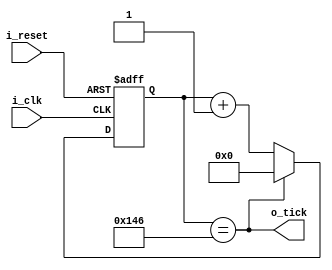
`timescale 1ns / 1ps
//////////////////////////////////////////////////////////////////////////////////
// Company: 
// Engineer: 
// 
// Design Name: 
// Module Name: baud_rate_gen
// Project Name: 
// Target Devices: 
// Tool Versions: 
// Description: 
// 
// Dependencies: 
// 
// Revision:
// Revision 0.01 - File Created
// Additional Comments:
// 
//////////////////////////////////////////////////////////////////////////////////


/*Imagine that the baud rate you want to work with is 9600. The clock of my
FPGA is 50MHz. If we want the "TICKS" to ahev 16 times the frequency of the UART signal
we need a frequency 16 times the 9600Hz. 
The width of the UART signal is 1/9600 equal to 104us. The width of the main clock is 1/50Mhz equal to 20ns
How many 20ns pulses we need to cont to get to 104us/16??? Well (104000ns/16)/ 20ns = 325 pulses (
That's why in the top we set baud rate to 325)
*/
module baud_rate_gen
    #(
    parameter   BAUDRATE_DIVISOR = 326,     // 50.000.000 / (16 * 9600)
                BAUDRATE_DIVISOR_BITS = 10
    )
    (
    input   wire            i_clk,      // Clock input
    input   wire            i_reset,      // Reset input
    // input   wire    [15:0]  i_baudrate, // Value to divide the generator by
    output  wire            o_tick      // Each "BaudRate" pulses we create a tick pulse
    );

reg [BAUDRATE_DIVISOR_BITS:0] baudRateReg; // Register used to count


always @(posedge i_clk or negedge i_reset) begin
    if (!i_reset) begin
        baudRateReg <= {BAUDRATE_DIVISOR_BITS{1'b0}};
    end else if (o_tick) begin
        baudRateReg <= {BAUDRATE_DIVISOR_BITS{1'b0}};
    end else begin
        baudRateReg <= baudRateReg + 1;
    end
end
assign o_tick = (baudRateReg == BAUDRATE_DIVISOR);
endmodule